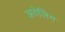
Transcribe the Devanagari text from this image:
अवेलिंग